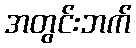
အတွင်းဘက်